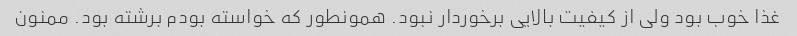
غذا خوب بود ولی از کیفیت بالایی برخوردار نبود. همونطور که خواسته بودم برشته بود. ممنون